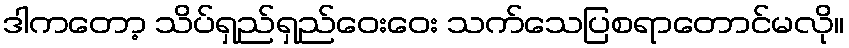
ဒါကတော့ သိပ်ရှည်ရှည်ဝေးဝေး သက်သေပြစရာတောင်မလို။